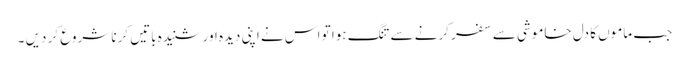
جب ماموں کا دل خاموشی سے سفر کرنے سے تنگ ہوا تو اس نے اپنی دیدہ اور شنیدہ باتیں کرنا شروع کر دیں ۔